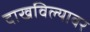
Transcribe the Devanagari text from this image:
दाखविल्यावर